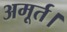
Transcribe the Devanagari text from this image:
अमूर्त।